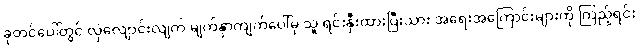
ခုတင်ပေါ်တွင် လှဲလျောင်းလျက် မျက်နှာကျက်ပေါ်မှ သူ ရင်းနှီးထားပြီးသား အရေးအကြောင်းများကို ကြည့်ရင်း